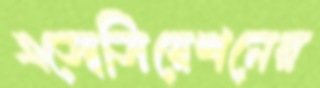
এসোসিয়েশনের